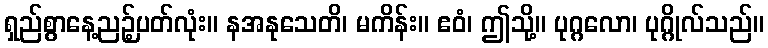
ရှည်စွာနေ့ညဉ့်ပတ်လုံး။ နအနုသေတိ၊ မကိန်း။ ဧဝံ၊ ဤသို့။ ပုဂ္ဂလော၊ ပုဂ္ဂိုလ်သည်။